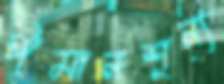
ঈমানশূন্য